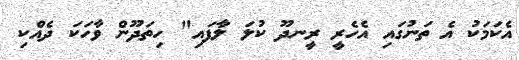
އެކަމަކު އެ ތަނުގައި އެހެރީ ރީނދޫ ކުލަ ލާފައި" ހިތަދޫން ވާހަކަ ދެއްކި